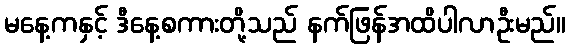
မနေ့ကနှင့် ဒီနေ့စကားတို့သည် နက်ဖြန်အထိပါလာဦးမည်။